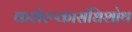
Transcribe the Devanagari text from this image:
कशेरूकासंधिशोथ